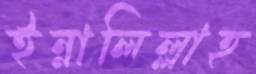
ইন্নালিল্লাহ